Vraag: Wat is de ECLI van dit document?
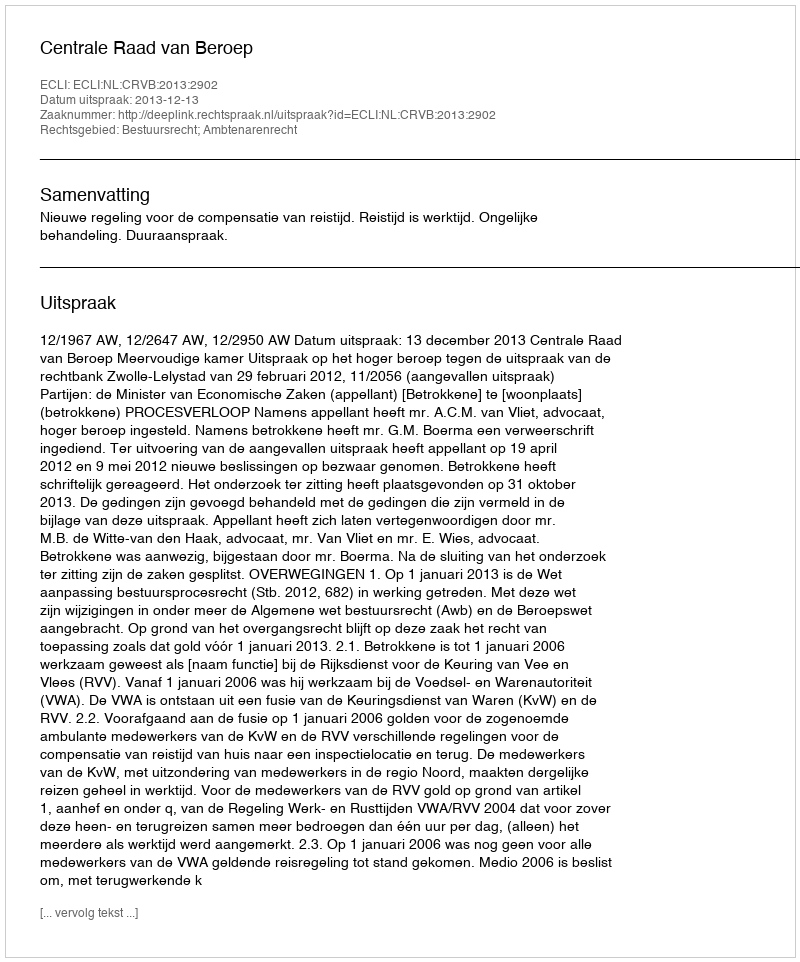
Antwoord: ECLI:NL:CRVB:2013:2902